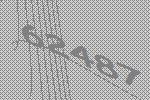
62487